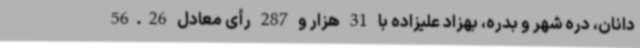
دانان، دره شهر و بدره، بهزاد علیزاده با 31 هزار و 287 رأی معادل 56.26